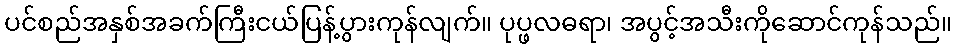
ပင်စည်အနှစ်အခက်ကြီးငယ်ပြန့်ပွားကုန်လျက်။ ပုပ္ဖလဓရာ၊ အပွင့်အသီးကိုဆောင်ကုန်သည်။